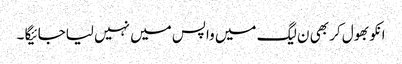
انکو بھول کر بھی ن لیگ میں واپس میں نہیں لیاجائیگا ۔